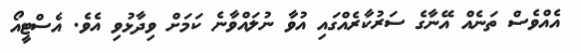
އެއްވެސް ތަނެއް އޭނާގެ ސަރުކާރެއްގައި އުވާ ނުލައްވާނެ ކަމަށް ވިދާޅުވި އެވެ. އެސްޓީއޯ